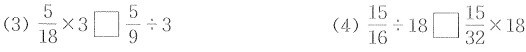
(3) $$\frac{5}{18} \times 3 \square \frac{5}{9} \div 3$$ (4)$$\frac{15}{16} \div 18 \square \frac{15}{32} \times 18$$